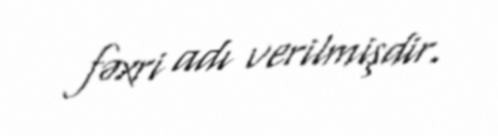
fəxri adı verilmişdir.